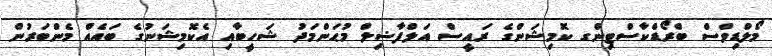
މޯލްޑިވްސް ބްރޯޑްކާސްޓިންގ ކޮމިޝަންގެ ރައީސް އަލްފާޟިލް މުޙަންމަދު ޝަހީބާއި އެކޮމިޝަނުގެ ބައެއް މެންބަރުން